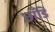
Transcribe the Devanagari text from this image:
छाँडि